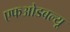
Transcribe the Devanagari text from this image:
एफओडबल्यू